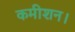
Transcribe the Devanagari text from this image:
कमीशन।